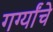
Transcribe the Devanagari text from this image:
गर्ग्यांचे